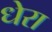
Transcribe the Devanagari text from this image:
धेरा